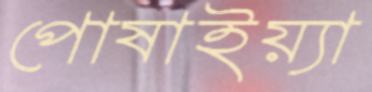
পোষাইয়্যা